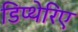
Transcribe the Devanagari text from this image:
डिप्थेरिए